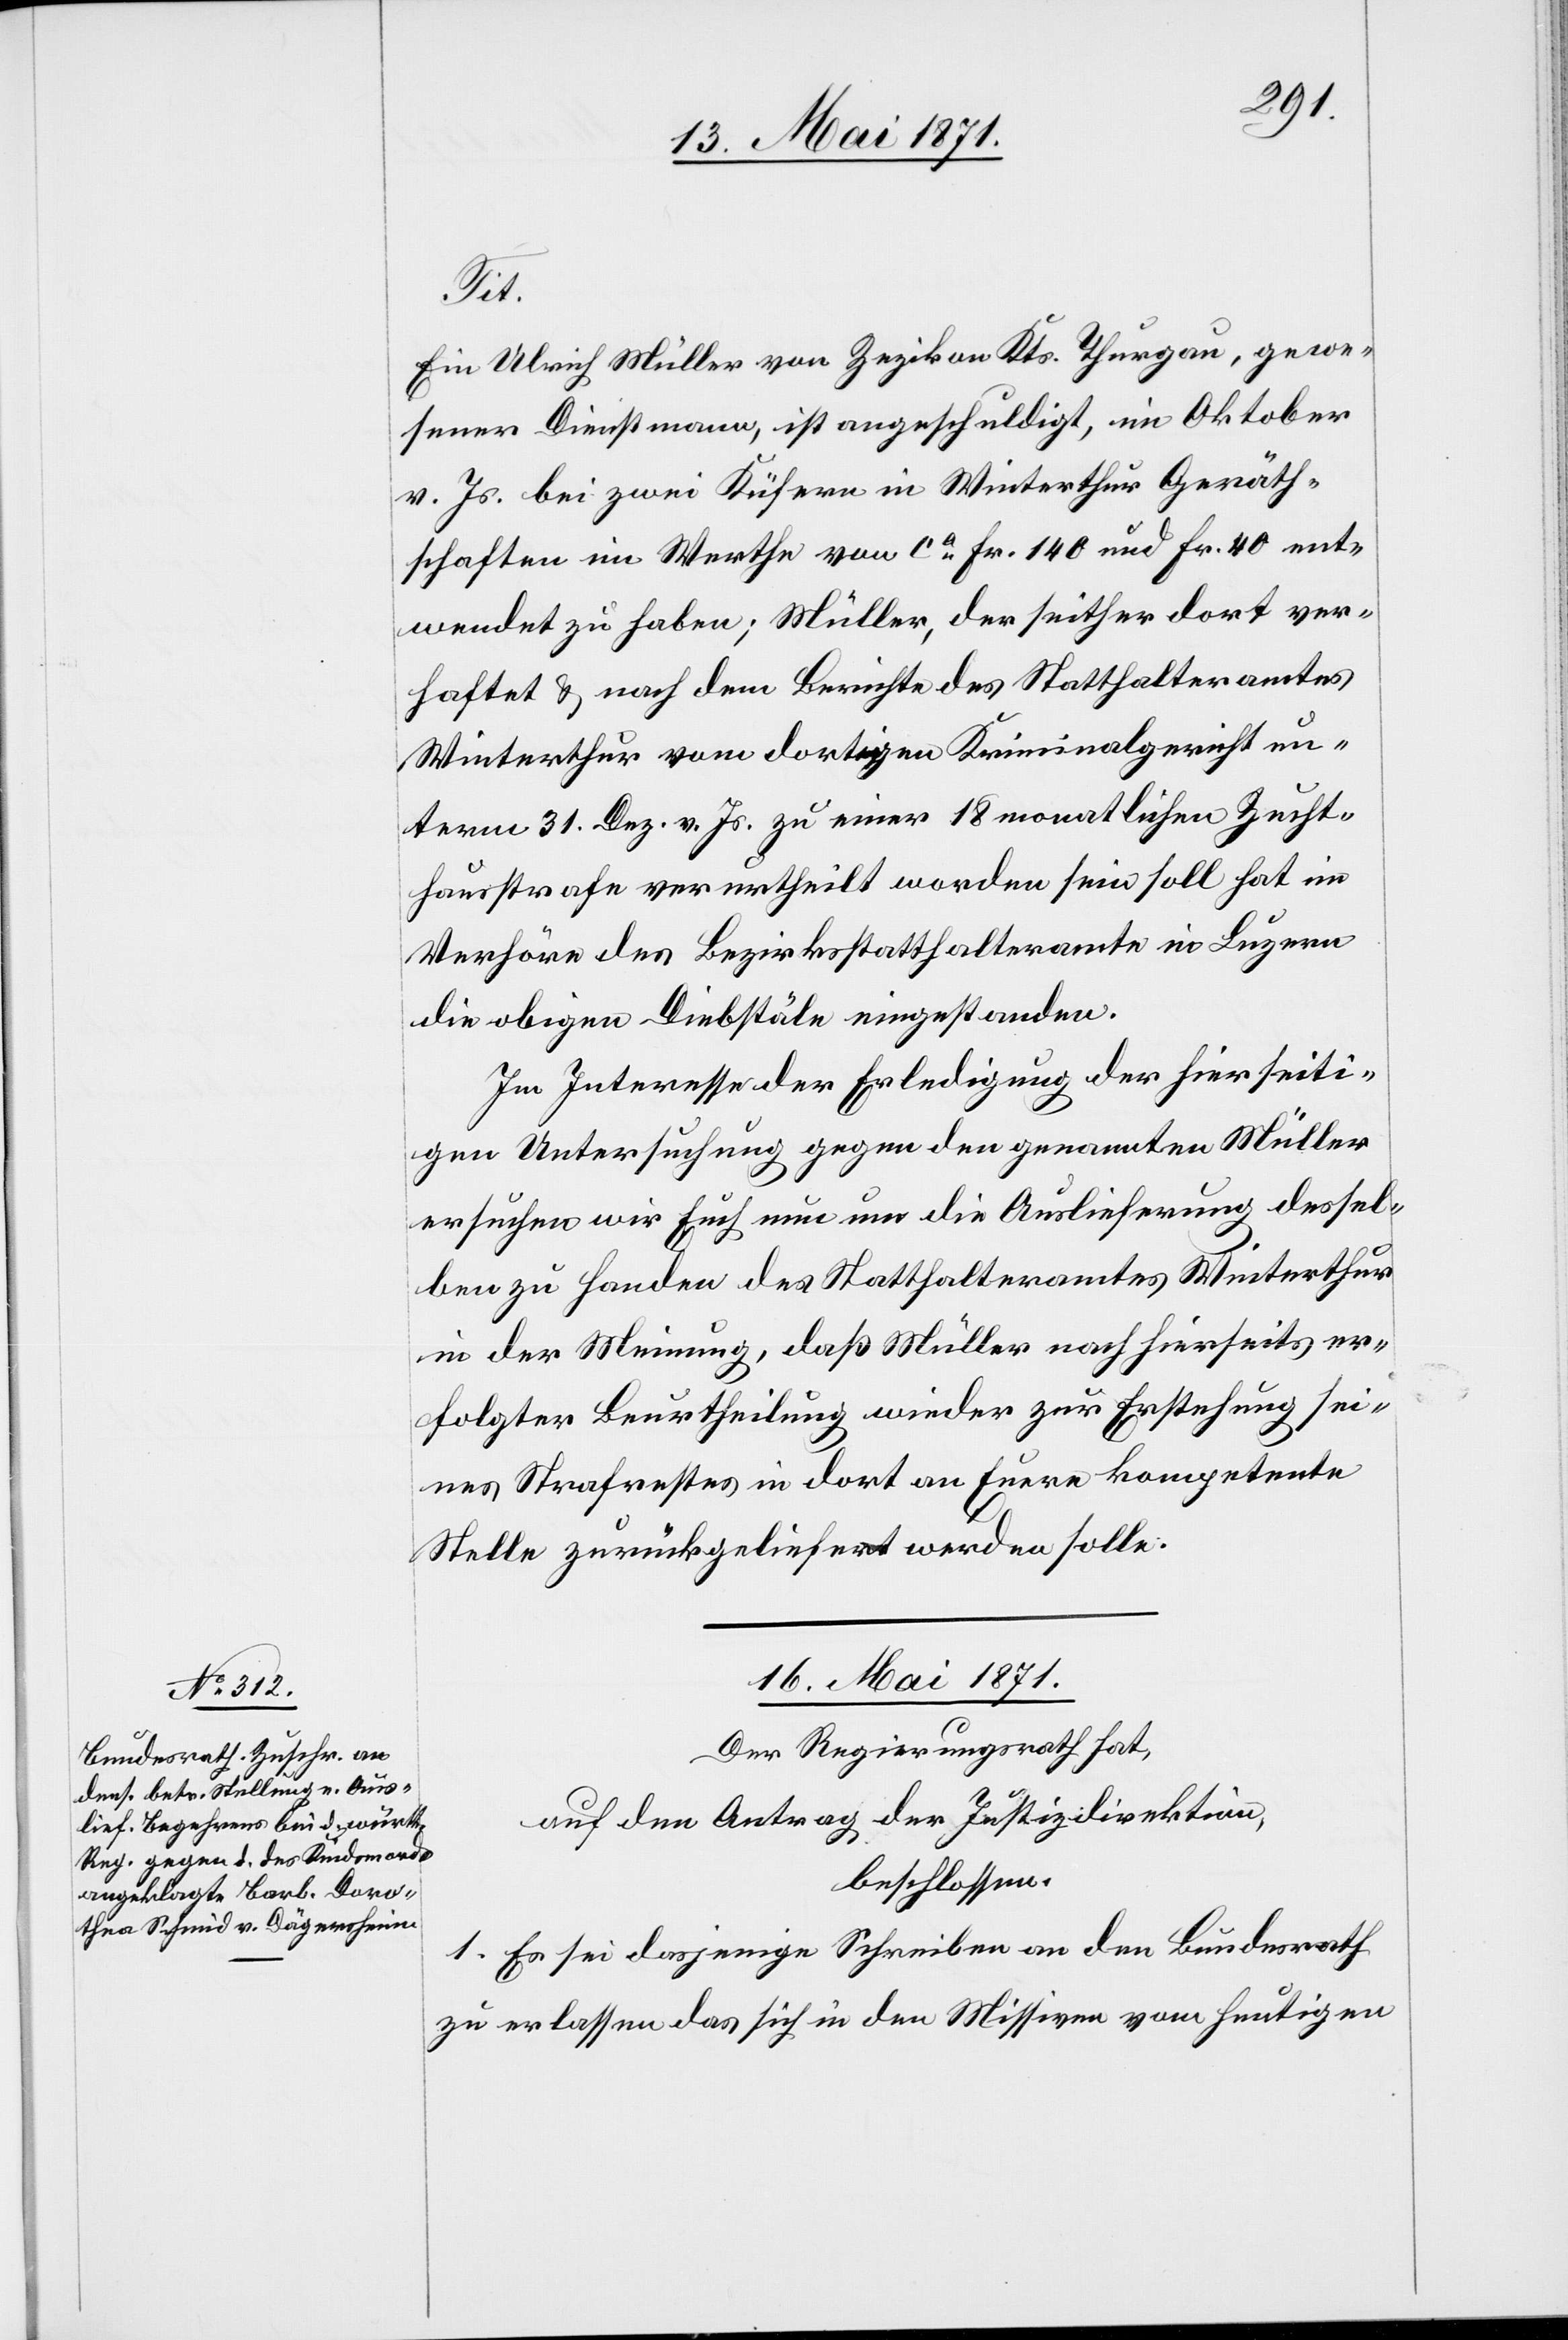
Tit.
Ein Ulrich Müller von Zezikon Kts. Thurgau, gewe¬
sener Dienstmann, ist angeschuldigt, im Oktober
v. Js. bei zwei Küfnern in Winterthur Geräth¬
schaften im Werthe von ca. Fr. 140 und Fr. 40 ent¬
wendet zu haben; Müller, der seither dort ver¬
haftet u. nach dem Berichte des Statthalteramtes
Winterthur vom dortigen Kriminalgericht un¬
term 31. Dez. v. Js. zu einer 18 monatlichen Zucht¬
hausstrafe verurtheilt worden sein soll hat im
Verhöre des Bezirksstatthalteramte in Luzern
die obigen Diebstäle eingestanden.
Im Interesse der Erledigung der hierseiti¬
gen Untersuchung gegen den genannten Müller
ersuchen wir Euch nun um die Auslieferung dessel¬
ben zu Handen des Statthalteramtes Winterthur
in der Meinung, daß Müller nach hierseits er¬
folgter Beurtheilung wieder zur Erstehung sei¬
nes Strafrechtes in dort an Euere kompetente
Stelle zurückgeliefert werden solle.
16. Mai 1871.
Der Regierungsrath hat,
auf den Antrag der Justizdirektion,
beschlossen:
1. Es sei dasjenige Schreiben an den Bundesrath
zu erlassen das sich in den Missiven vom heutigen